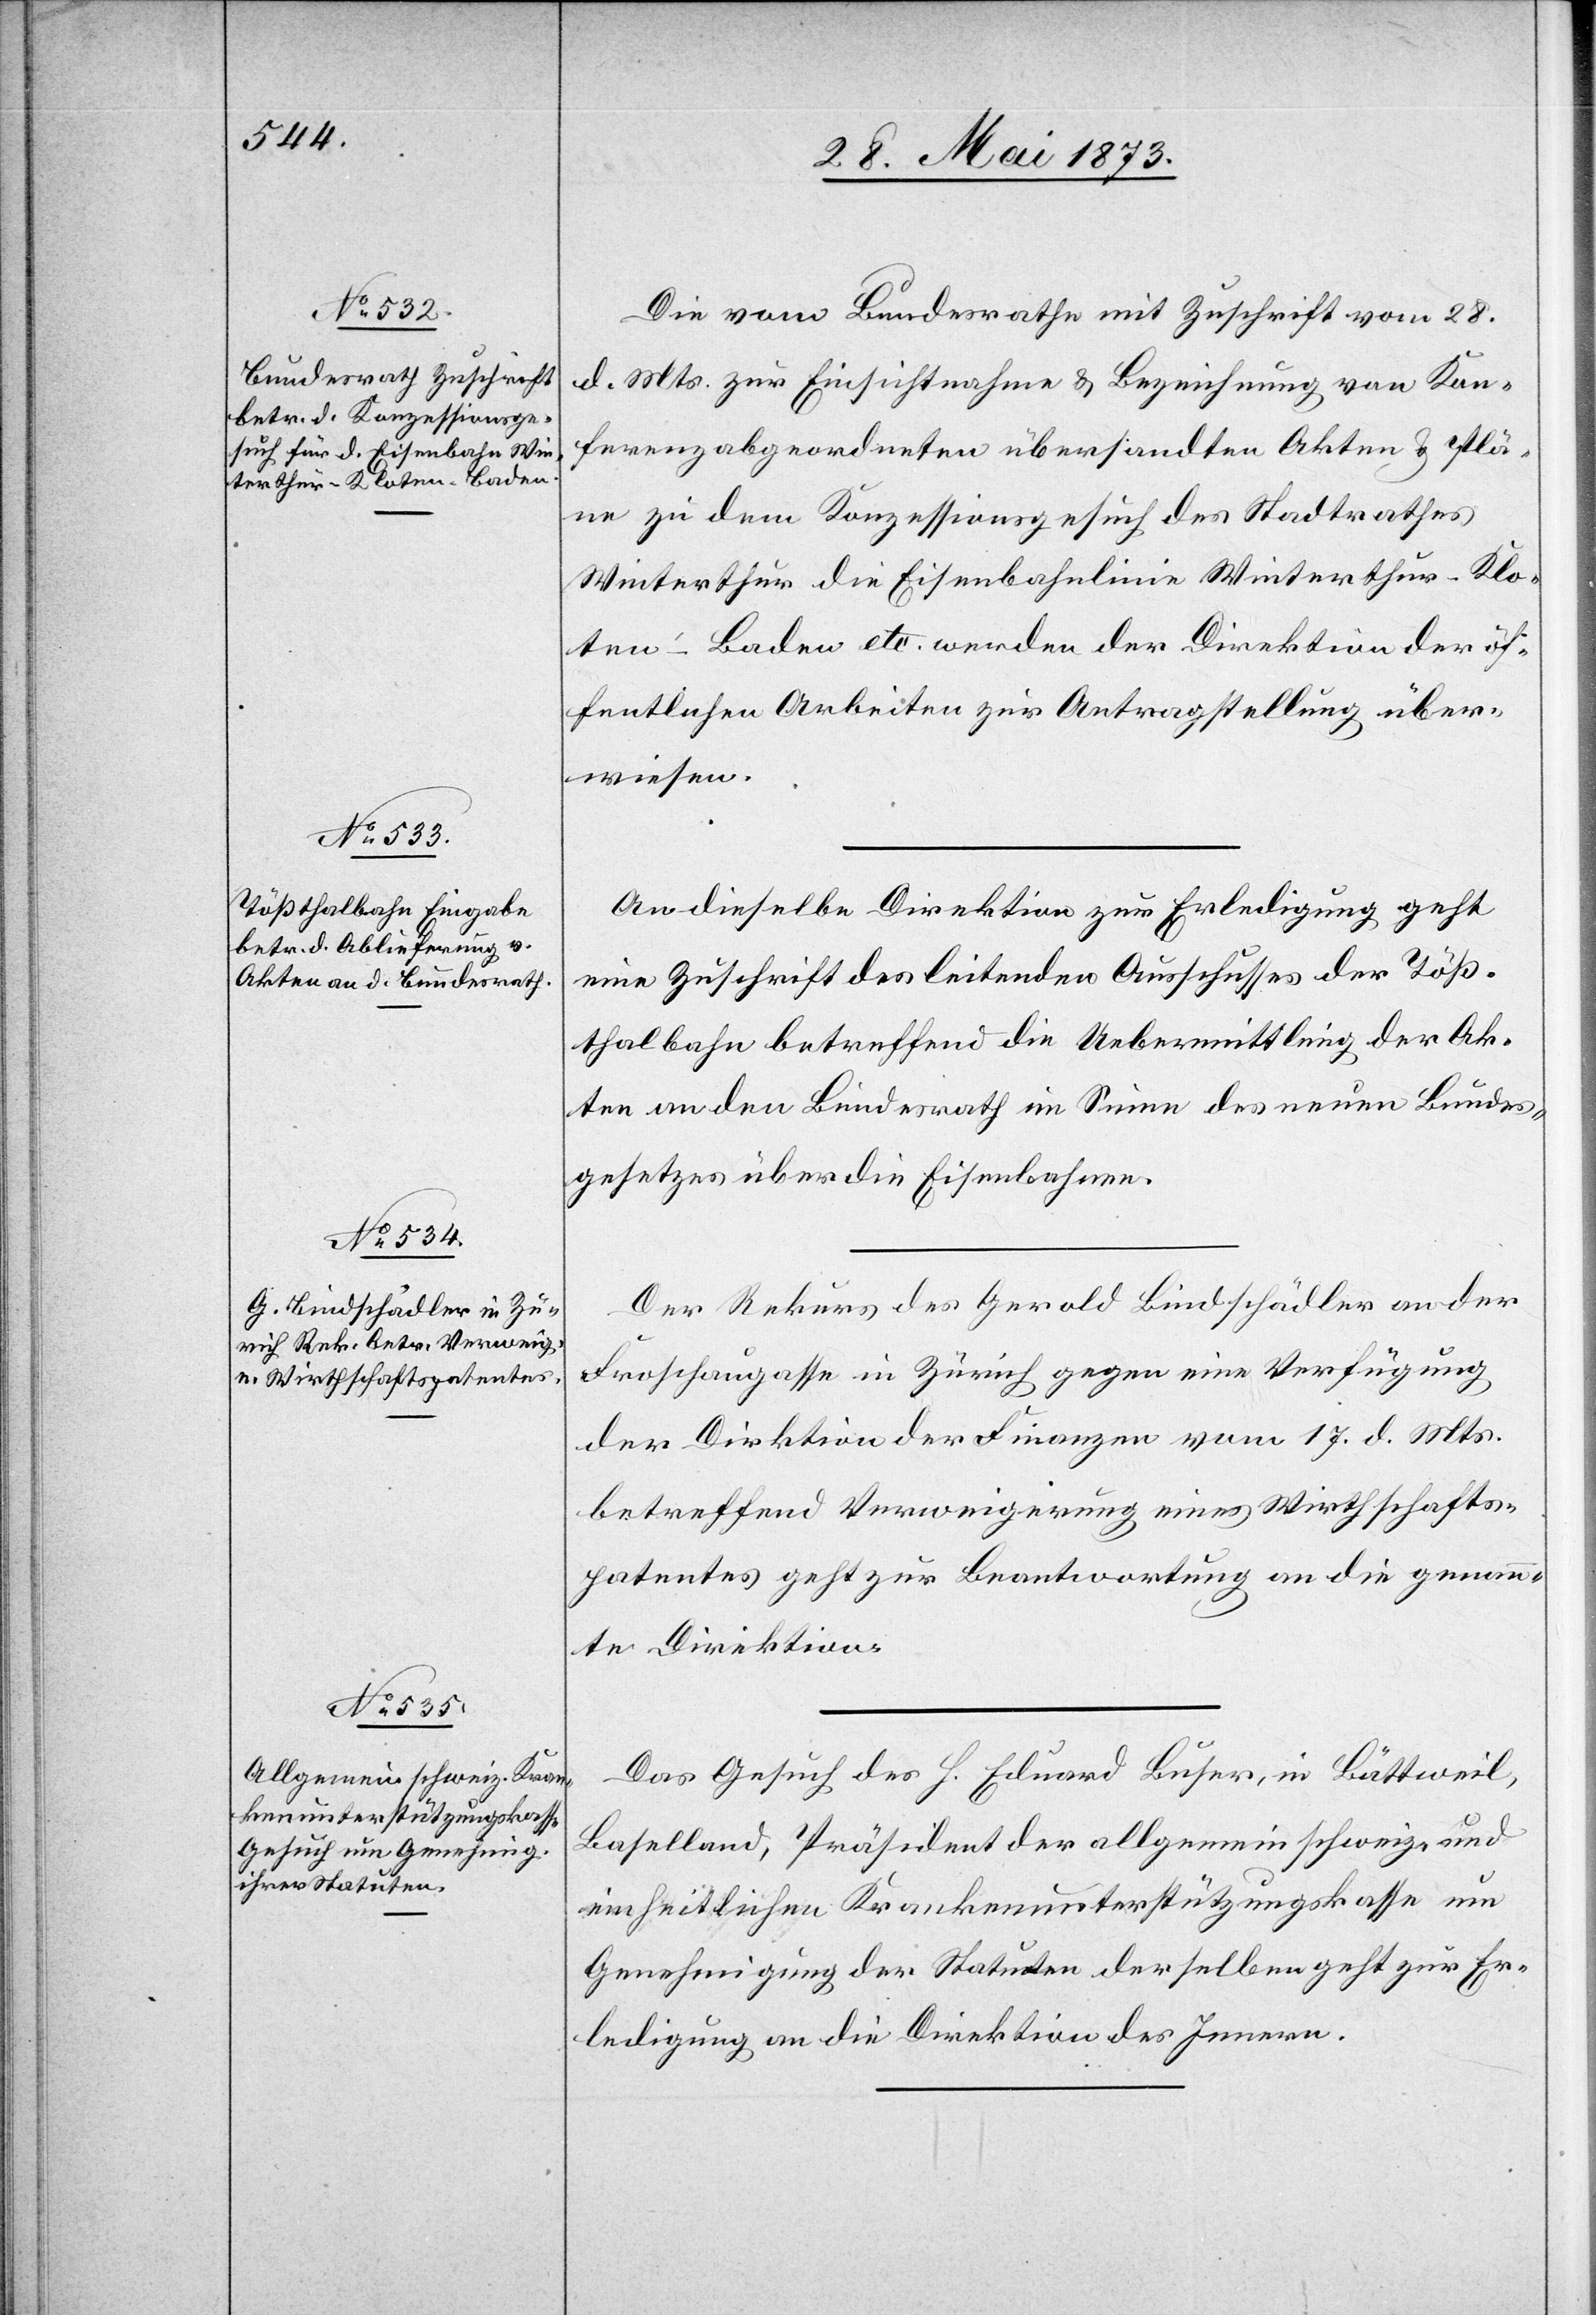
Winterthur–Kloten–Baden

30. Mai 1873]
Die vom Bundesrathe mit Zuschrift vom 28.
d. Mts. zur Einsichtnahme & Bezeichnung von Kon¬
ferenzabgeordneten übersandten Akten & Plä¬
ne zu dem Konzessionsgesuch des Stadtrathes
öffentlichen Arbeiten zur Antragstellung über¬
wiesen.
An dieselbe Direktion zur Erledigung geht
eine Zuschrift des leitenden Ausschusses der Töß¬
thalbahn betreffend die Uebermittlung der Ak¬
ten an den Bundesrath im Sinne des neuen Bundes¬
gesetzes über die Eisenbahnen.
Der Rekurs des Gerald Bindschädler an der
Froschaugasse in Zürich gegen eine Verfügung
der Direktion der Finanzen vom 17. d. Mts.
betreffend Verweigerung eines Wirthschafts¬
patentes geht zur Beantwortung an die genann¬
te Direktion.
Das Gesuch des H. Eduard Buser, in Bättweil,
Baselland, Präsident der allgemein schweiz. und
einheitlichen Krankenunterstützungskasse um
Genehmigung der Statuten derselben geht zur Er¬
ledigung an die Direktion des Innern.